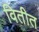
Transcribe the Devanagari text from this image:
वितीत